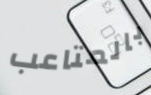
بالمتاعب